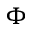
\Phi